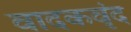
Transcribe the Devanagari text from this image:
वादकवृंद